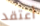
أعتقد